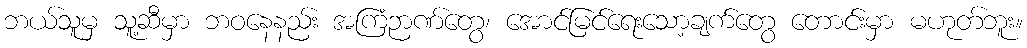
ဘယ်သူမှ သူ့ဆီမှာ ဘဝနေနည်း အကြံဉာဏ်တွေ၊ အောင်မြင်ရေးသော့ချက်တွေ တောင်းမှာ မဟုတ်ဘူး။